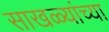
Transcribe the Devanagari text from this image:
साखळ्यांच्या